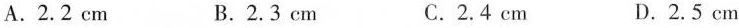
A.2.2cm B.2.3cm C.2.4cm D.2.5cm